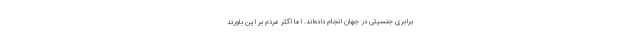
برابری جنسیتی در جهان انجام داده‌اند. اما اکثر مردم بر این باورند